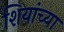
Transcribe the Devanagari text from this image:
शियांच्या